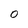
Character: 0